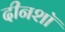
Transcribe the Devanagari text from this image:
दीनशॉ